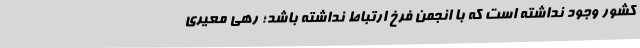
کشور وجود نداشته است که با انجمن فرخ ارتباط نداشته باشد؛ رهی معیری